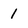
Character: 1